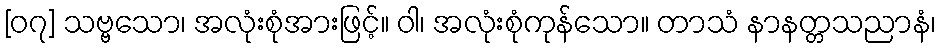
[၀၇] သဗ္ဗသော၊ အလုံးစုံအားဖြင့်။ ဝါ၊ အလုံးစုံကုန်သော။ တာသံ နာနတ္တသညာနံ၊